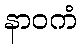
နာဝကံ